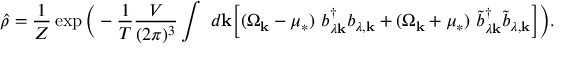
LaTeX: \hat { \rho } = \frac 1 Z \exp \bigg ( - \frac 1 T \frac { V } { ( 2 \pi ) ^ { 3 } } \int ~ d { \bf k } \Bigl [ ( \Omega _ { \bf k } - \mu _ { * } ) ~ b _ { \lambda { \bf k } } ^ { \dagger } b _ { \lambda , { \bf k } } + ( \Omega _ { \bf k } + \mu _ { * } ) ~ { \tilde { b } } _ { \lambda { \bf k } } ^ { \dagger } { \tilde { b } } _ { \lambda , { \bf k } } \Bigr ] \bigg ) .